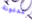
مدفونة